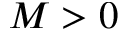
M > 0